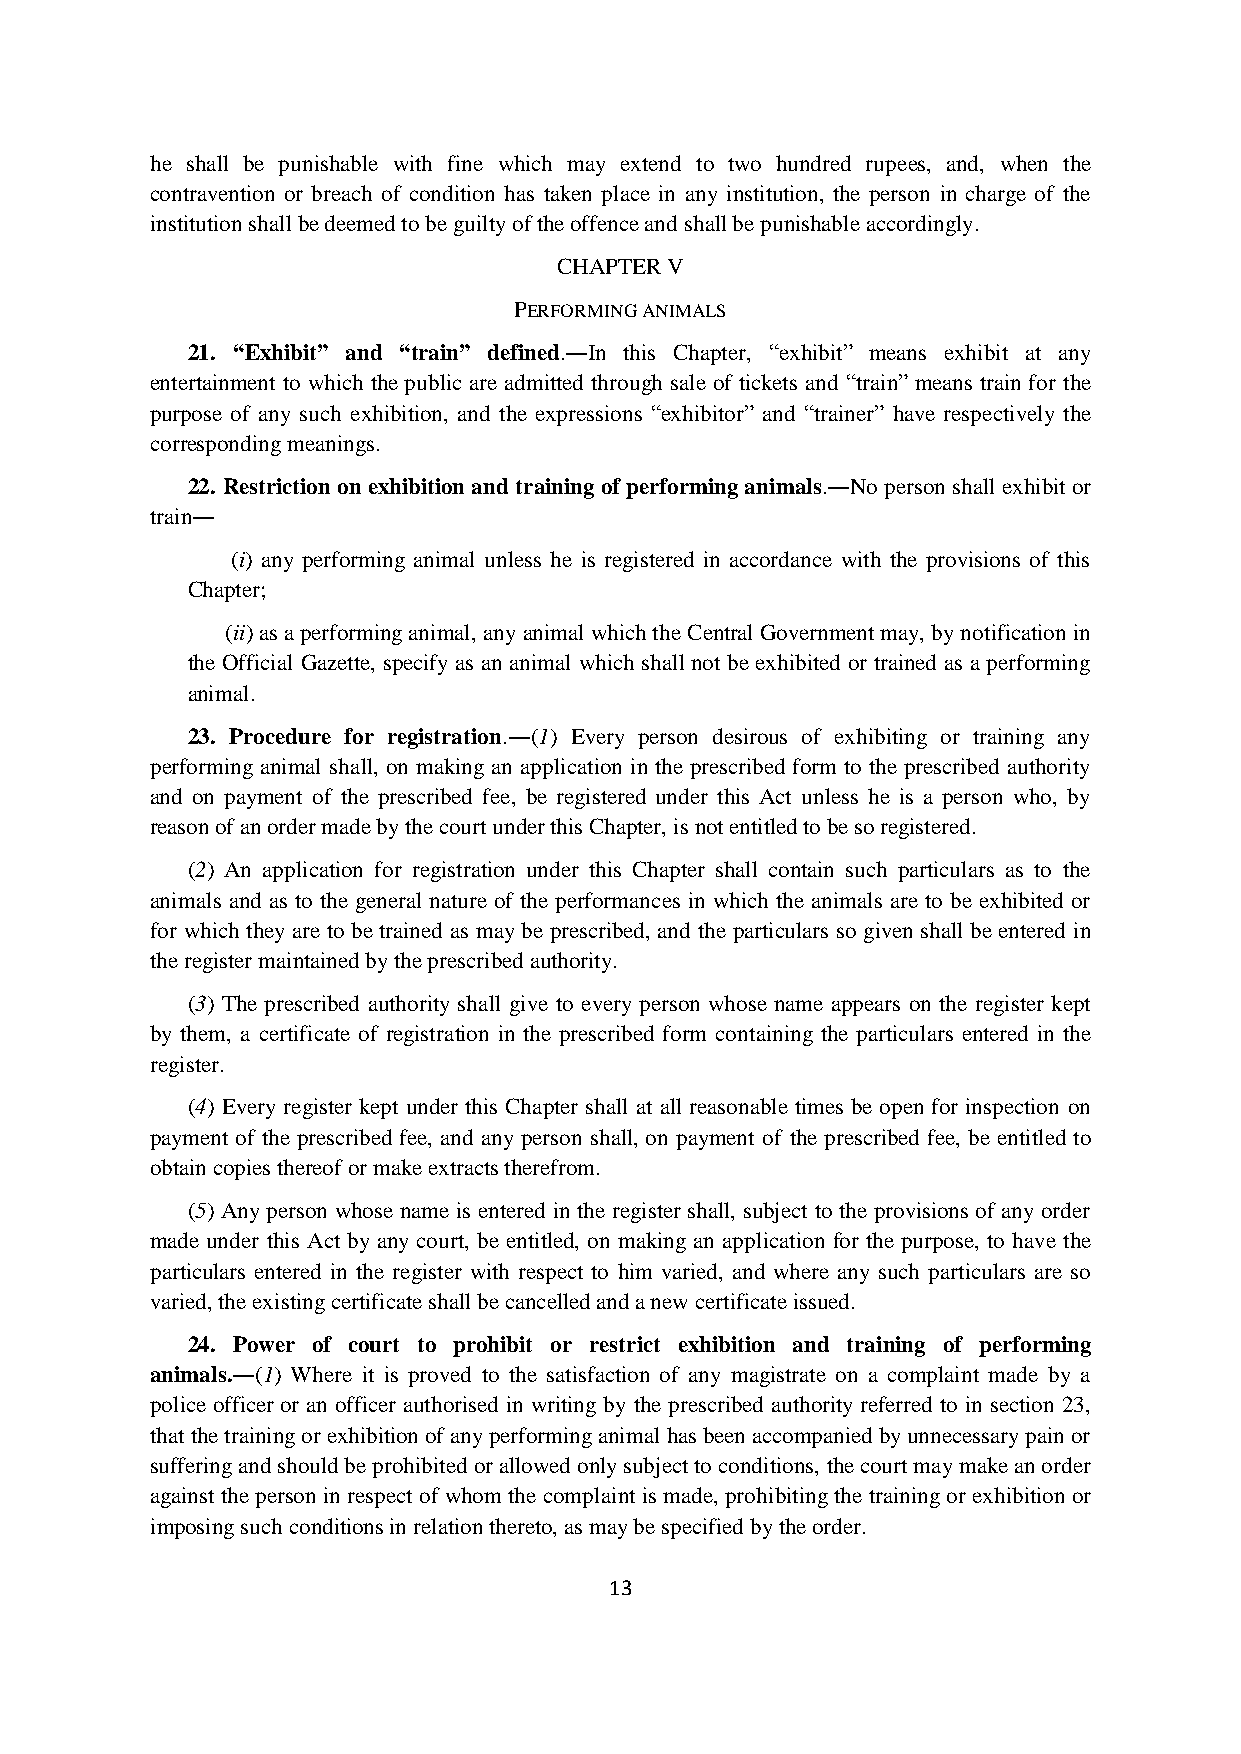
he shall be punishable with fine which may extend to two hundred rupees, and, when the
 contravention or breach of condition has taken place in any institution, the person in charge of the
 institution shall be deemed to be guilty of the offence and shall be punishable accordingly.
 CHAPTER V
 PERFORMING ANIMALS
 21. “Exhibit” and “train” defined.―In this Chapter, “exhibit” means exhibit at any
 entertainment to which the public are admitted through sale of tickets and “train” means train for the
 purpose of any such exhibition, and the expressions “exhibitor” and “trainer” have respectively the
 corresponding meanings.
 22. Restriction on exhibition and training of performing animals.―No person shall exhibit or
 train―
 (i) any performing animal unless he is registered in accordance with the provisions of this
 Chapter;
 (ii) as a performing animal, any animal which the Central Government may, by notification in
 the Official Gazette, specify as an animal which shall not be exhibited or trained as a performing
 animal.
 23. Procedure for registration.―(1) Every person desirous of exhibiting or training any
 performing animal shall, on making an application in the prescribed form to the prescribed authority
 and on payment of the prescribed fee, be registered under this Act unless he is a person who, by
 reason of an order made by the court under this Chapter, is not entitled to be so registered.
 (2) An application for registration under this Chapter shall contain such particulars as to the
 animals and as to the general nature of the performances in which the animals are to be exhibited or
 for which they are to be trained as may be prescribed, and the particulars so given shall be entered in
 the register maintained by the prescribed authority.
 (3) The prescribed authority shall give to every person whose name appears on the register kept
 by them, a certificate of registration in the prescribed form containing the particulars entered in the
 register.
 (4) Every register kept under this Chapter shall at all reasonable times be open for inspection on
 payment of the prescribed fee, and any person shall, on payment of the prescribed fee, be entitled to
 obtain copies thereof or make extracts therefrom.
 (5) Any person whose name is entered in the register shall, subject to the provisions of any order
 made under this Act by any court, be entitled, on making an application for the purpose, to have the
 particulars entered in the register with respect to him varied, and where any such particulars are so
 varied, the existing certificate shall be cancelled and a new certificate issued.
 24. Power of court to prohibit or restrict exhibition and training of performing
 animals.―(1) Where it is proved to the satisfaction of any magistrate on a complaint made by a
 police officer or an officer authorised in writing by the prescribed authority referred to in section 23,
 that the training or exhibition of any performing animal has been accompanied by unnecessary pain or
 suffering and should be prohibited or allowed only subject to conditions, the court may make an order
 against the person in respect of whom the complaint is made, prohibiting the training or exhibition or
 imposing such conditions in relation thereto, as may be specified by the order.
 13